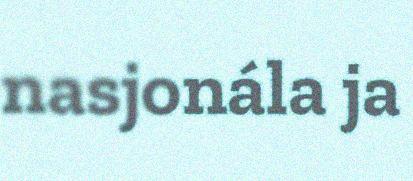
nasjonála ja